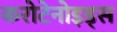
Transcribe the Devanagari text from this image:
करोटेनोइड्स